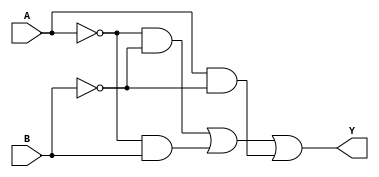
module two_variable_kmap (
    input wire A,  // Input variable A
    input wire B,  // Input variable B
    output wire Y  // Output based on the K-map simplification
);

// K-map logic implementation
// The output Y is derived based on the truth table from the K-map.
// The K-map for two variables (A and B) is represented as follows:
//      B
//      0   1
//    +-------
//    | 0 | 1 |  -> A=0
//    | 0 | 1 |
//    +-------
//    | 1 | 1 |  -> A=1
//    | 1 | 0 |
//    +-------
// The output Y can be represented as:
// Y = A'B' + A'B + AB

assign Y = (~A & ~B) | (~A & B) | (A & ~B);

endmodule